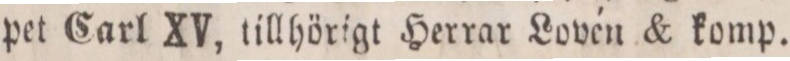
pet Carl XV, tillhörigt Herrar Lovén & komp.